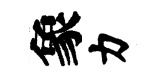
象力